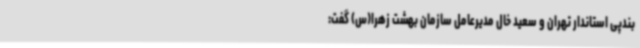
بندپی استاندار تهران و سعید خال مدیرعامل سازمان بهشت زهرا(س) گفت: